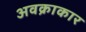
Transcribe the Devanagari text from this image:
अवक्राकार